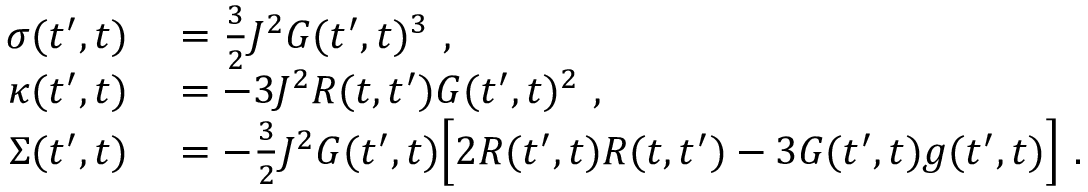
\begin{array} { r l } { \sigma ( t ^ { \prime } , t ) } & { { } = \frac { 3 } { 2 } J ^ { 2 } G ( t ^ { \prime } , t ) ^ { 3 } ~ , } \\ { \kappa ( t ^ { \prime } , t ) } & { { } = - 3 J ^ { 2 } R ( t , t ^ { \prime } ) G ( t ^ { \prime } , t ) ^ { 2 } ~ , } \\ { \Sigma ( t ^ { \prime } , t ) } & { { } = - \frac { 3 } { 2 } J ^ { 2 } G ( t ^ { \prime } , t ) \Big [ 2 R ( t ^ { \prime } , t ) R ( t , t ^ { \prime } ) - 3 G ( t ^ { \prime } , t ) g ( t ^ { \prime } , t ) \Big ] ~ . } \end{array}